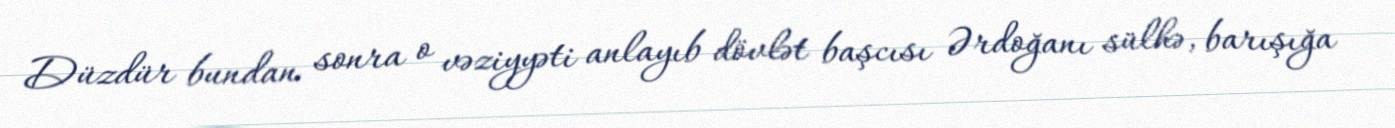
Düzdür bundan sonra o vəziyyəti anlayıb dövlət başcısı Ərdoğanı sülhə, barışığa